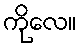
ကိုလေ။